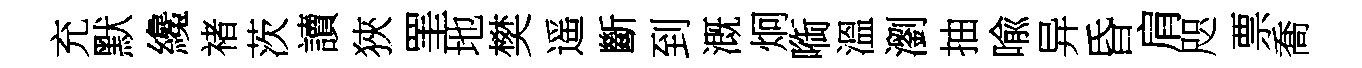
充默纔禇茨讀狹罣地樊遥斷到溉炯㗸溫瀏抽喩异昏肩咫票喬